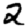
Digit: 2